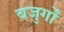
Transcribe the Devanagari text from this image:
बजुर्गों